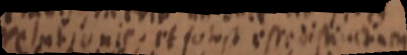
relationis. et solest esse distinctiam